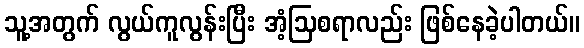
သူ့အတွက် လွယ်ကူလွန်းပြီး အံ့ဩစရာလည်း ဖြစ်နေခဲ့ပါတယ်။